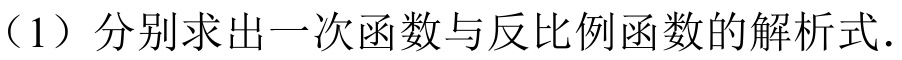
（1）分别求出一次函数与反比例函数的解析式.